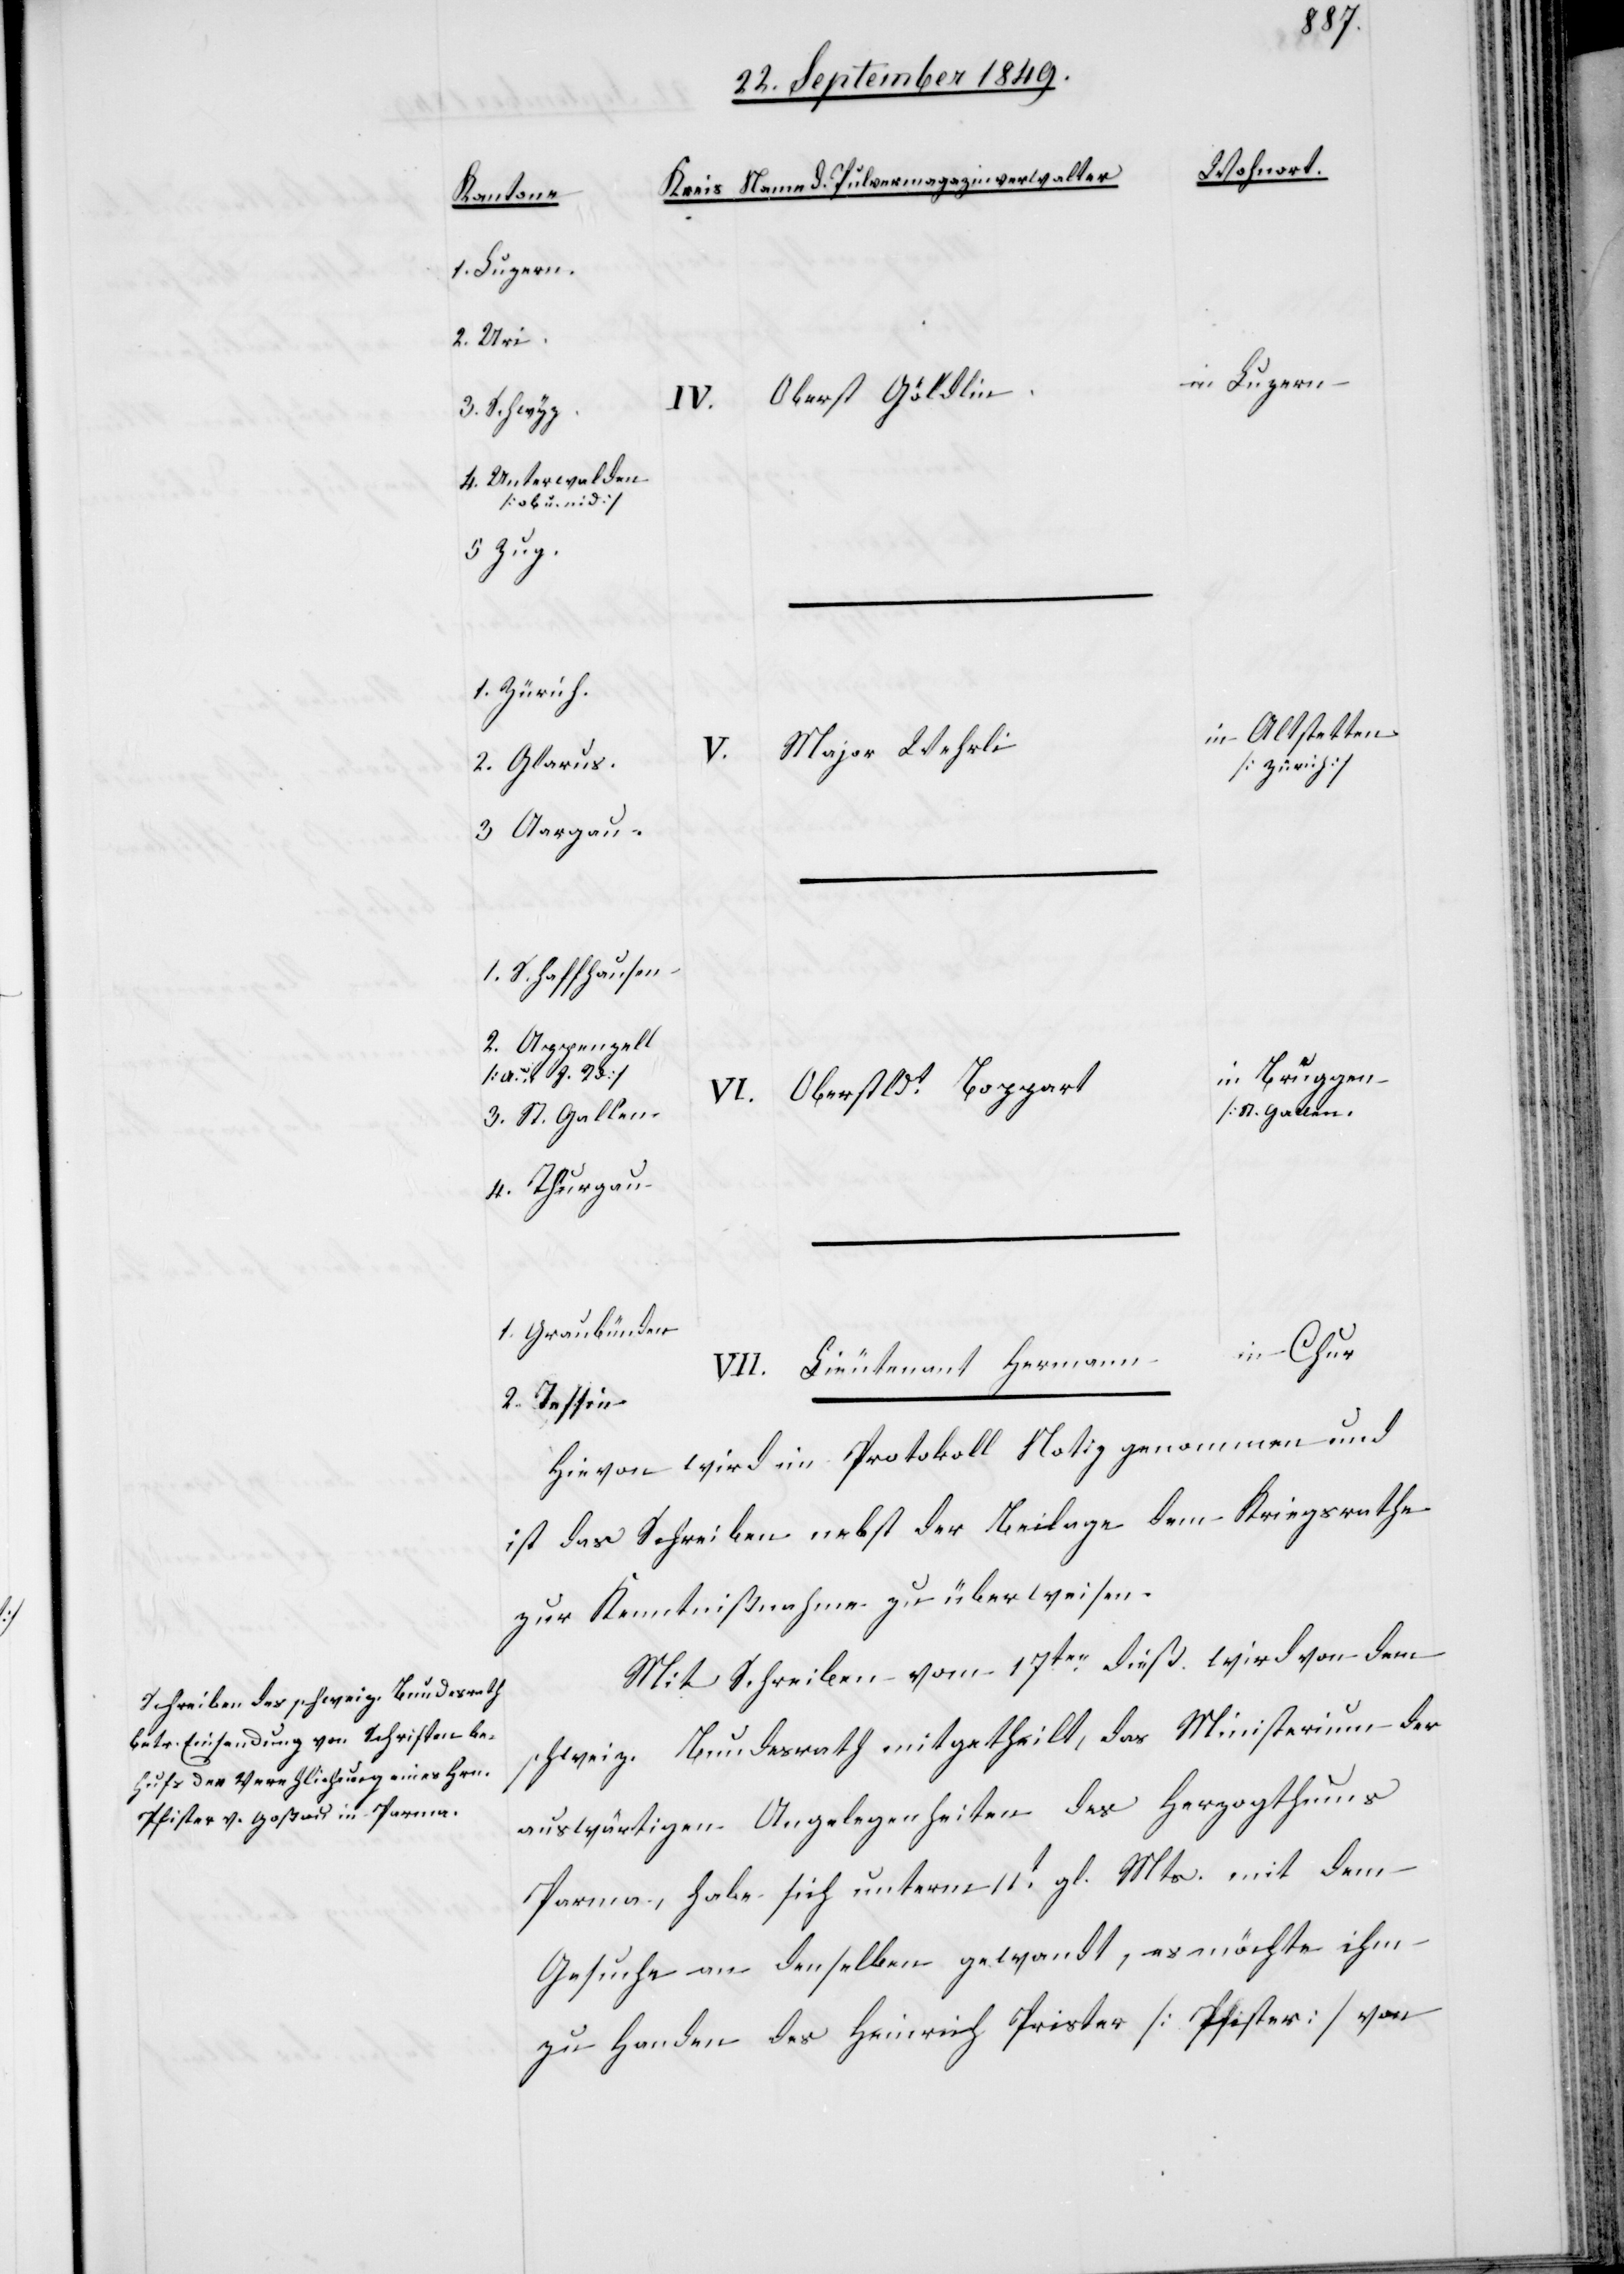
1. Luzern.
2. Uri
in Luzern
Oberst Göldlin
3. Schwyz
4. Unterwalden
[ob u. nid.]
5. Zug
1. Zürich
in Altstetten
Major Wehrli
I.
2. Glarus
[Zürich]
3. Aargau
1. Schaffhausen
2. Appenzell
in Bruggen
Oberst Ldt Boppart
3. St. Gallen
4. Thurgau
1. Graubünden
in Chur
Lieutenant Hermann
2. Tessin
Hievon wird im Protokoll Notiz genommen und
ist das Schreiben nebst der Beilage dem Kriegsrathe
zur Kenntnißnahme zu überweisen.
Mit Schreiben vom 17ten dieß wird von dem
schweiz. Bundesrath mitgetheilt, das Ministerium der
auswärtigen Angelegenheiten des Herzogthums
Parma, habe sich unterm 11t gl. Mts. mit dem
Gesuche an denselben gewandt, es möchte ihm
zu Handen des Heinrich Prister [Pfister] von